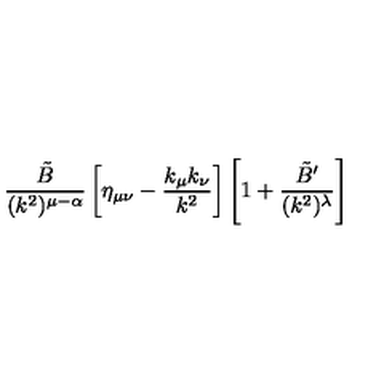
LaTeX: \frac { \tilde { B } } { ( k ^ { 2 } ) ^ { \mu - \alpha } } \left[ \eta _ { \mu \nu } - \frac { k _ { \mu } k _ { \nu } } { k ^ { 2 } } \right] \left[ 1 + \frac { \tilde { B } ^ { \prime } } { ( k ^ { 2 } ) ^ { \lambda } } \right]